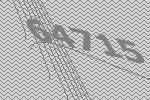
64715